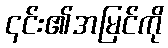
၎င်း၏အမြင်ကို